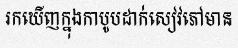
រកឃើញក្នុងកាបូបដាក់សៀវភៅមាន